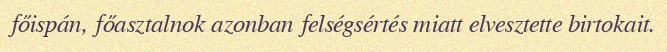
főispán, főasztalnok azonban felségsértés miatt elvesztette birtokait.